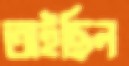
অইছিল